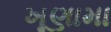
ખૂણામા